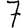
Digit: 7